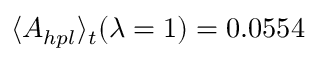
\langle A _ { h p l } \rangle _ { t } ( \lambda = 1 ) = 0 . 0 5 5 4